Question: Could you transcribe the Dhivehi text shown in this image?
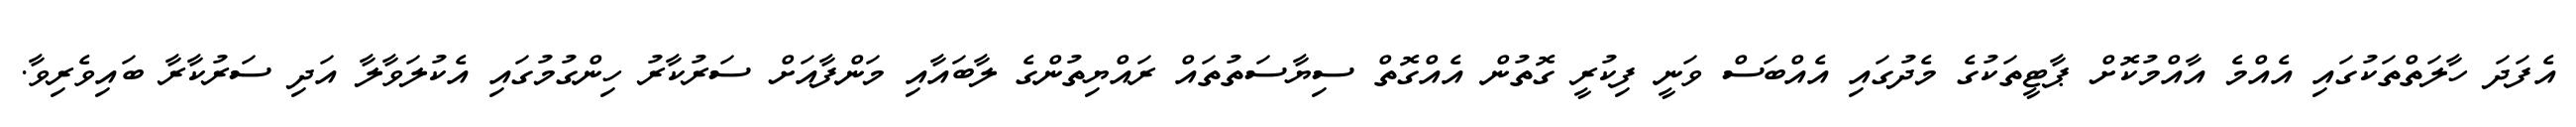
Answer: އެފަދަ ހާލަތްތަކުގައި އެއްމެ އާއްމުކޮށް ޕާޓީތަކުގެ މެދުގައި އެއްބަސް ވަނީ ފިކުރީ ގޮތުން އެއްގޮތް ސިޔާސަތުތައް ރައްޔިތުންގެ ލާބައާއި މަންފާއަށް ސަރުކާރު ހިންގުމުގައި އެކުލަވާލާ އަދި ސަރުކާރާ ބައިވެރިވާ.